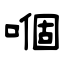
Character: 嗰